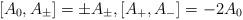
LaTeX: \begin{align*} [A_0,A_\pm]=\pm A_\pm,[A_+,A_-]=-2A_0\end{align*}